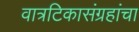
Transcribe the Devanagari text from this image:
वात्रटिकासंग्रहांचा